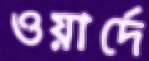
ওয়ার্দে